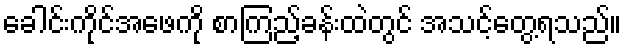
ခေါင်းကိုင်အဖေကို စာကြည့်ခန်းထဲတွင် အသင့်တွေ့ရသည်။